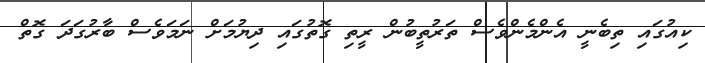
ކިއުގައި ތިބެނީ އެންމެންވެސް ތަރުތީބުން ރީތި ގޮތުގައި ދިޔުމަށް ނަމަވެސް ބާރުގަދަ ގޮތް